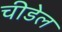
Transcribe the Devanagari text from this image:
चीडेल